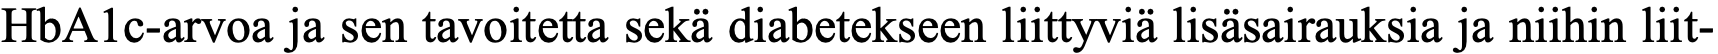
HbA1c-arvoa ja sen tavoitetta sekä diabetekseen liittyviä lisäsairauksia ja niihin liit-